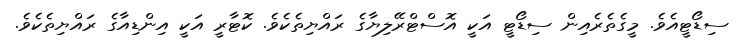
ސިޑޯޓީއެވެ. މީގެތެރެއިން ސިޑޯޓީ އަކީ އޮސްޓްރޭލިޔާގެ ރައްޔިތެކެވެ. ކޮޓާރީ އަކީ އިންޑިއާގެ ރައްޔިތެކެވެ.